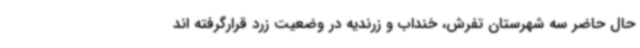
حال حاضر سه شهرستان تفرش، خنداب و زرندیه در وضعیت زرد قرارگرفته اند